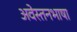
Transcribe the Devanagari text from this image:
अवेस्तनभाषा